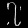
Digit: ၇